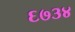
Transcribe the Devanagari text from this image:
६७३४